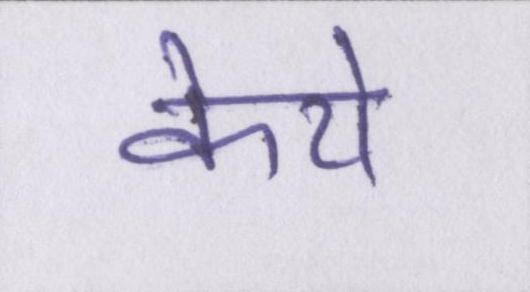
केये